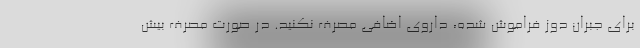
برای جبران دوز فراموش شده، داروی اضافی مصرف نکنید. در صورت مصرف بیش